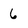
Character: 6